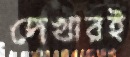
দেখারই